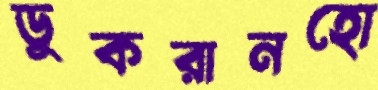
ডুকরানহো